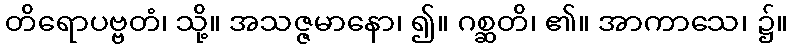
တိရောပဗ္ဗတံ၊ သို့။ အသဇ္ဇမာနော၊ ၍။ ဂစ္ဆတိ၊ ၏။ အာကာသေ၊ ၌။